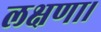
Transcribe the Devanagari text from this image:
लक्षणा।